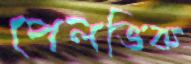
পেলভিক